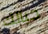
حيالك